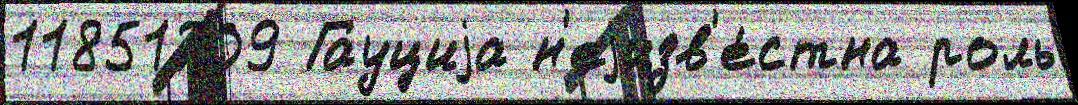
11851209 Гауциjа н'еjизв'е́стна роль